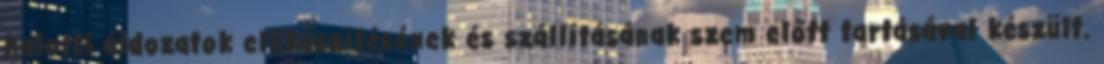
halotti áldozatok előkészítésének és szállításának szem előtt tartásával készült.